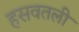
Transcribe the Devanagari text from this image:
हसवतली